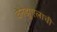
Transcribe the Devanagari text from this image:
वेनेझुएलाची